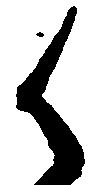
御